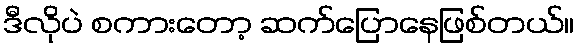
ဒီလိုပဲ စကားတော့ ဆက်ပြောနေဖြစ်တယ်။